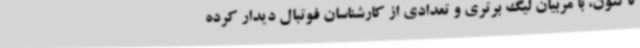
تاکنون، با مربیان لیگ برتری و تعدادی از کارشناسان فوتبال دیدار کرده